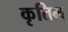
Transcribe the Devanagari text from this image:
कृतिम्